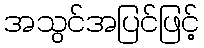
အသွင်အပြင်ဖြင့်